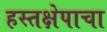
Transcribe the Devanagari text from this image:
हस्तक्षेपाचा